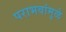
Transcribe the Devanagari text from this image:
पराभवांमुळे